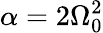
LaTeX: \alpha=2\Omega_{0}^{2}